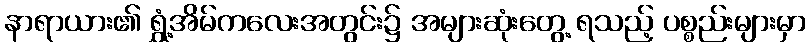
နာရာယား၏ ရွှံ့အိမ်ကလေးအတွင်း၌ အများဆုံးတွေ့ ရသည့် ပစ္စည်းများမှာ